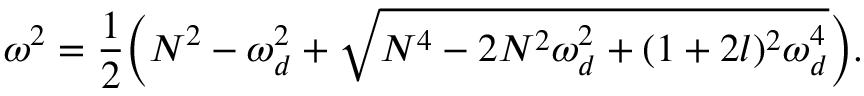
\omega ^ { 2 } = \frac { 1 } { 2 } \bigg ( N ^ { 2 } - \omega _ { d } ^ { 2 } + \sqrt { N ^ { 4 } - 2 N ^ { 2 } \omega _ { d } ^ { 2 } + ( 1 + 2 l ) ^ { 2 } \omega _ { d } ^ { 4 } } \bigg ) .